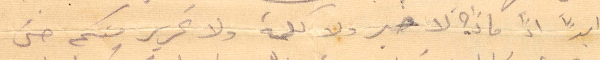
ابدًا اذا ما لا خبر ولا كلمة ولا تحرير منكم حتى